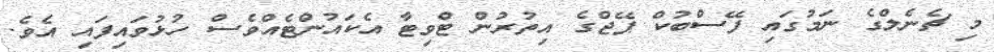
މި ޗެނެލްގެ ނަމުގައި ފޭސްބުކް ޕޭޖްގެ އިތުރުން ޓްވިޓާ އެކައުންޓެއްވެސް ހުޅުވައިފައި އެވެ.